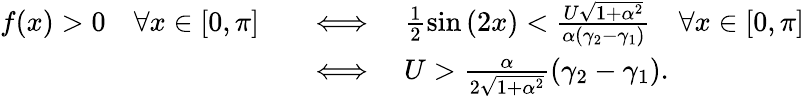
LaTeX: \begin{array}{rl}{f(x)>0\quad\forall x\in[0,\pi]\quad}&{\Longleftrightarrow\quad\frac{1}{2}\sin{(2x)}<\frac{U\sqrt{1+\alpha^{2}}}{\alpha(\gamma_{2}-\gamma_{1})}\quad\forall x\in[0,\pi]}\\ &{\Longleftrightarrow\quad U>\frac{\alpha}{2\sqrt{1+\alpha^{2}}}(\gamma_{2}-\gamma_{1}).}\end{array}